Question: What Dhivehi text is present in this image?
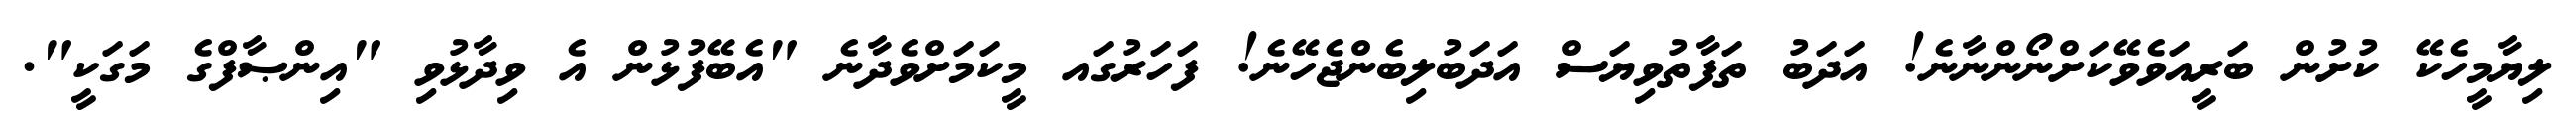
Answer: ލިޔާމީހެކޭ ކުށުން ބަރީއަވެވޭކަށްނޯންނާނެ! އަދަބު ތަފާތުވިޔަސް އަދަބުލިބެންޖެހޭނެ! ފަހަރުގައ މީކަމަށްވެދާނެ "އެބޭފުޅުން އެ ވިދާޅުވި "އިންޞާފްގެ މަގަކީ".